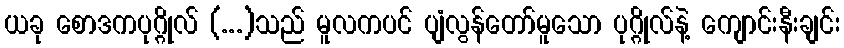
ယခု စောဒကပုဂ္ဂိုလ် (...)သည် မူလကပင် ပျံလွန်တော်မူသော ပုဂ္ဂိုလ်နဲ့ ကျောင်းနီးချင်း